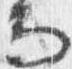
而